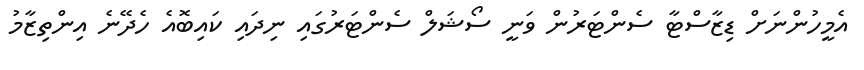
އެމީހުންނަށް ޑިޒާސްޓާ ސެންޓަރުން ވަނީ ސޯޝަލް ސެންޓަރުގައި ނިދައި ކައިބޮއެ ހެދޭނެ އިންތިޒާމު